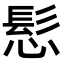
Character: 𮪾